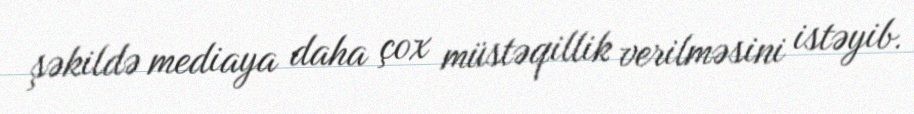
şəkildə mediaya daha çox müstəqillik verilməsini istəyib.